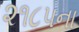
૨૧૮૫ના